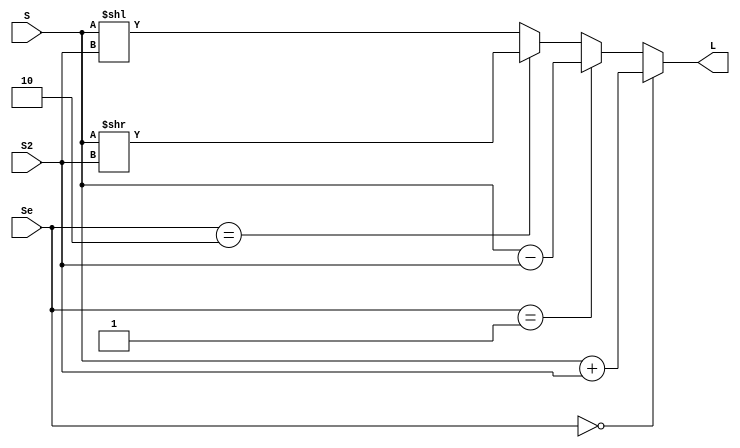
module Somador_Subtrator_Deslocador(input [3:0]S, S2,
												input [1:0] Se,
												output reg [3:0] L);
	
	always@*
		begin
			if(Se == 2'b00)
				L = S + S2;
			else if (Se == 2'b01)
				L = S - S2;
			else if (Se== 2'b10)
				L = S >> S2;
			else
				L = S << S2;
		end
		
endmodule